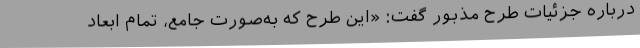
درباره جزئیات طرح مذبور گفت: «این طرح که به‌صورت جامع، تمام ابعاد